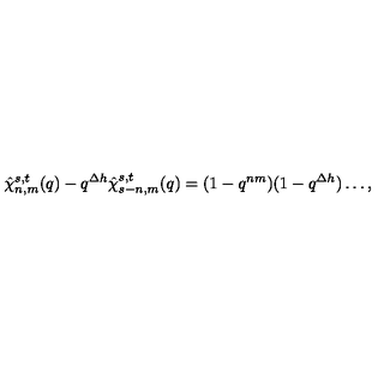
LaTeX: \hat { \chi } _ { n , m } ^ { s , t } ( q ) - q ^ { \Delta h } \hat { \chi } _ { s - n , m } ^ { s , t } ( q ) = ( 1 - q ^ { n m } ) ( 1 - q ^ { \Delta h } ) \ldots ,